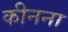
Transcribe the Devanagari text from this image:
कीनना